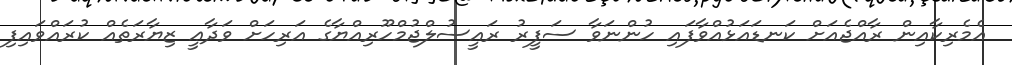
އެމެރިކާއިން ރާއްޖެއަށް ކަނޑައަޅުއްވާފައި ހުންނަވާ ސަފީރު ރައީސުލްޖުމްހޫރިއްޔާގެ އަރިހަށް ވަދާޢީ ޒިޔާރަތެއް ކުރައްވައިފި